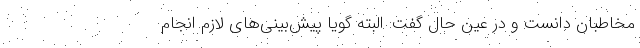
مخاطبان دانست و در عین حال گفت: البته گویا پیش‌بینی‌های لازم انجام